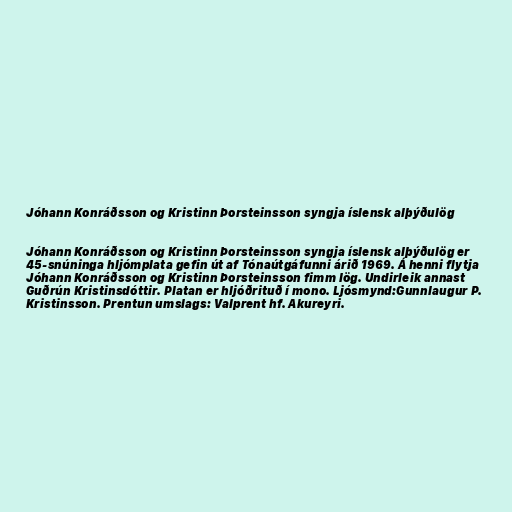
Jóhann Konráðsson og Kristinn Þorsteinsson syngja íslensk alþýðulög

Jóhann Konráðsson og Kristinn Þorsteinsson syngja íslensk alþýðulög er
45-snúninga hljómplata gefin út af Tónaútgáfunni árið 1969. Á henni flytja
Jóhann Konráðsson og Kristinn Þorsteinsson fimm lög. Undirleik annast
Guðrún Kristinsdóttir. Platan er hljóðrituð í mono. Ljósmynd:Gunnlaugur P.
Kristinsson. Prentun umslags: Valprent hf. Akureyri.